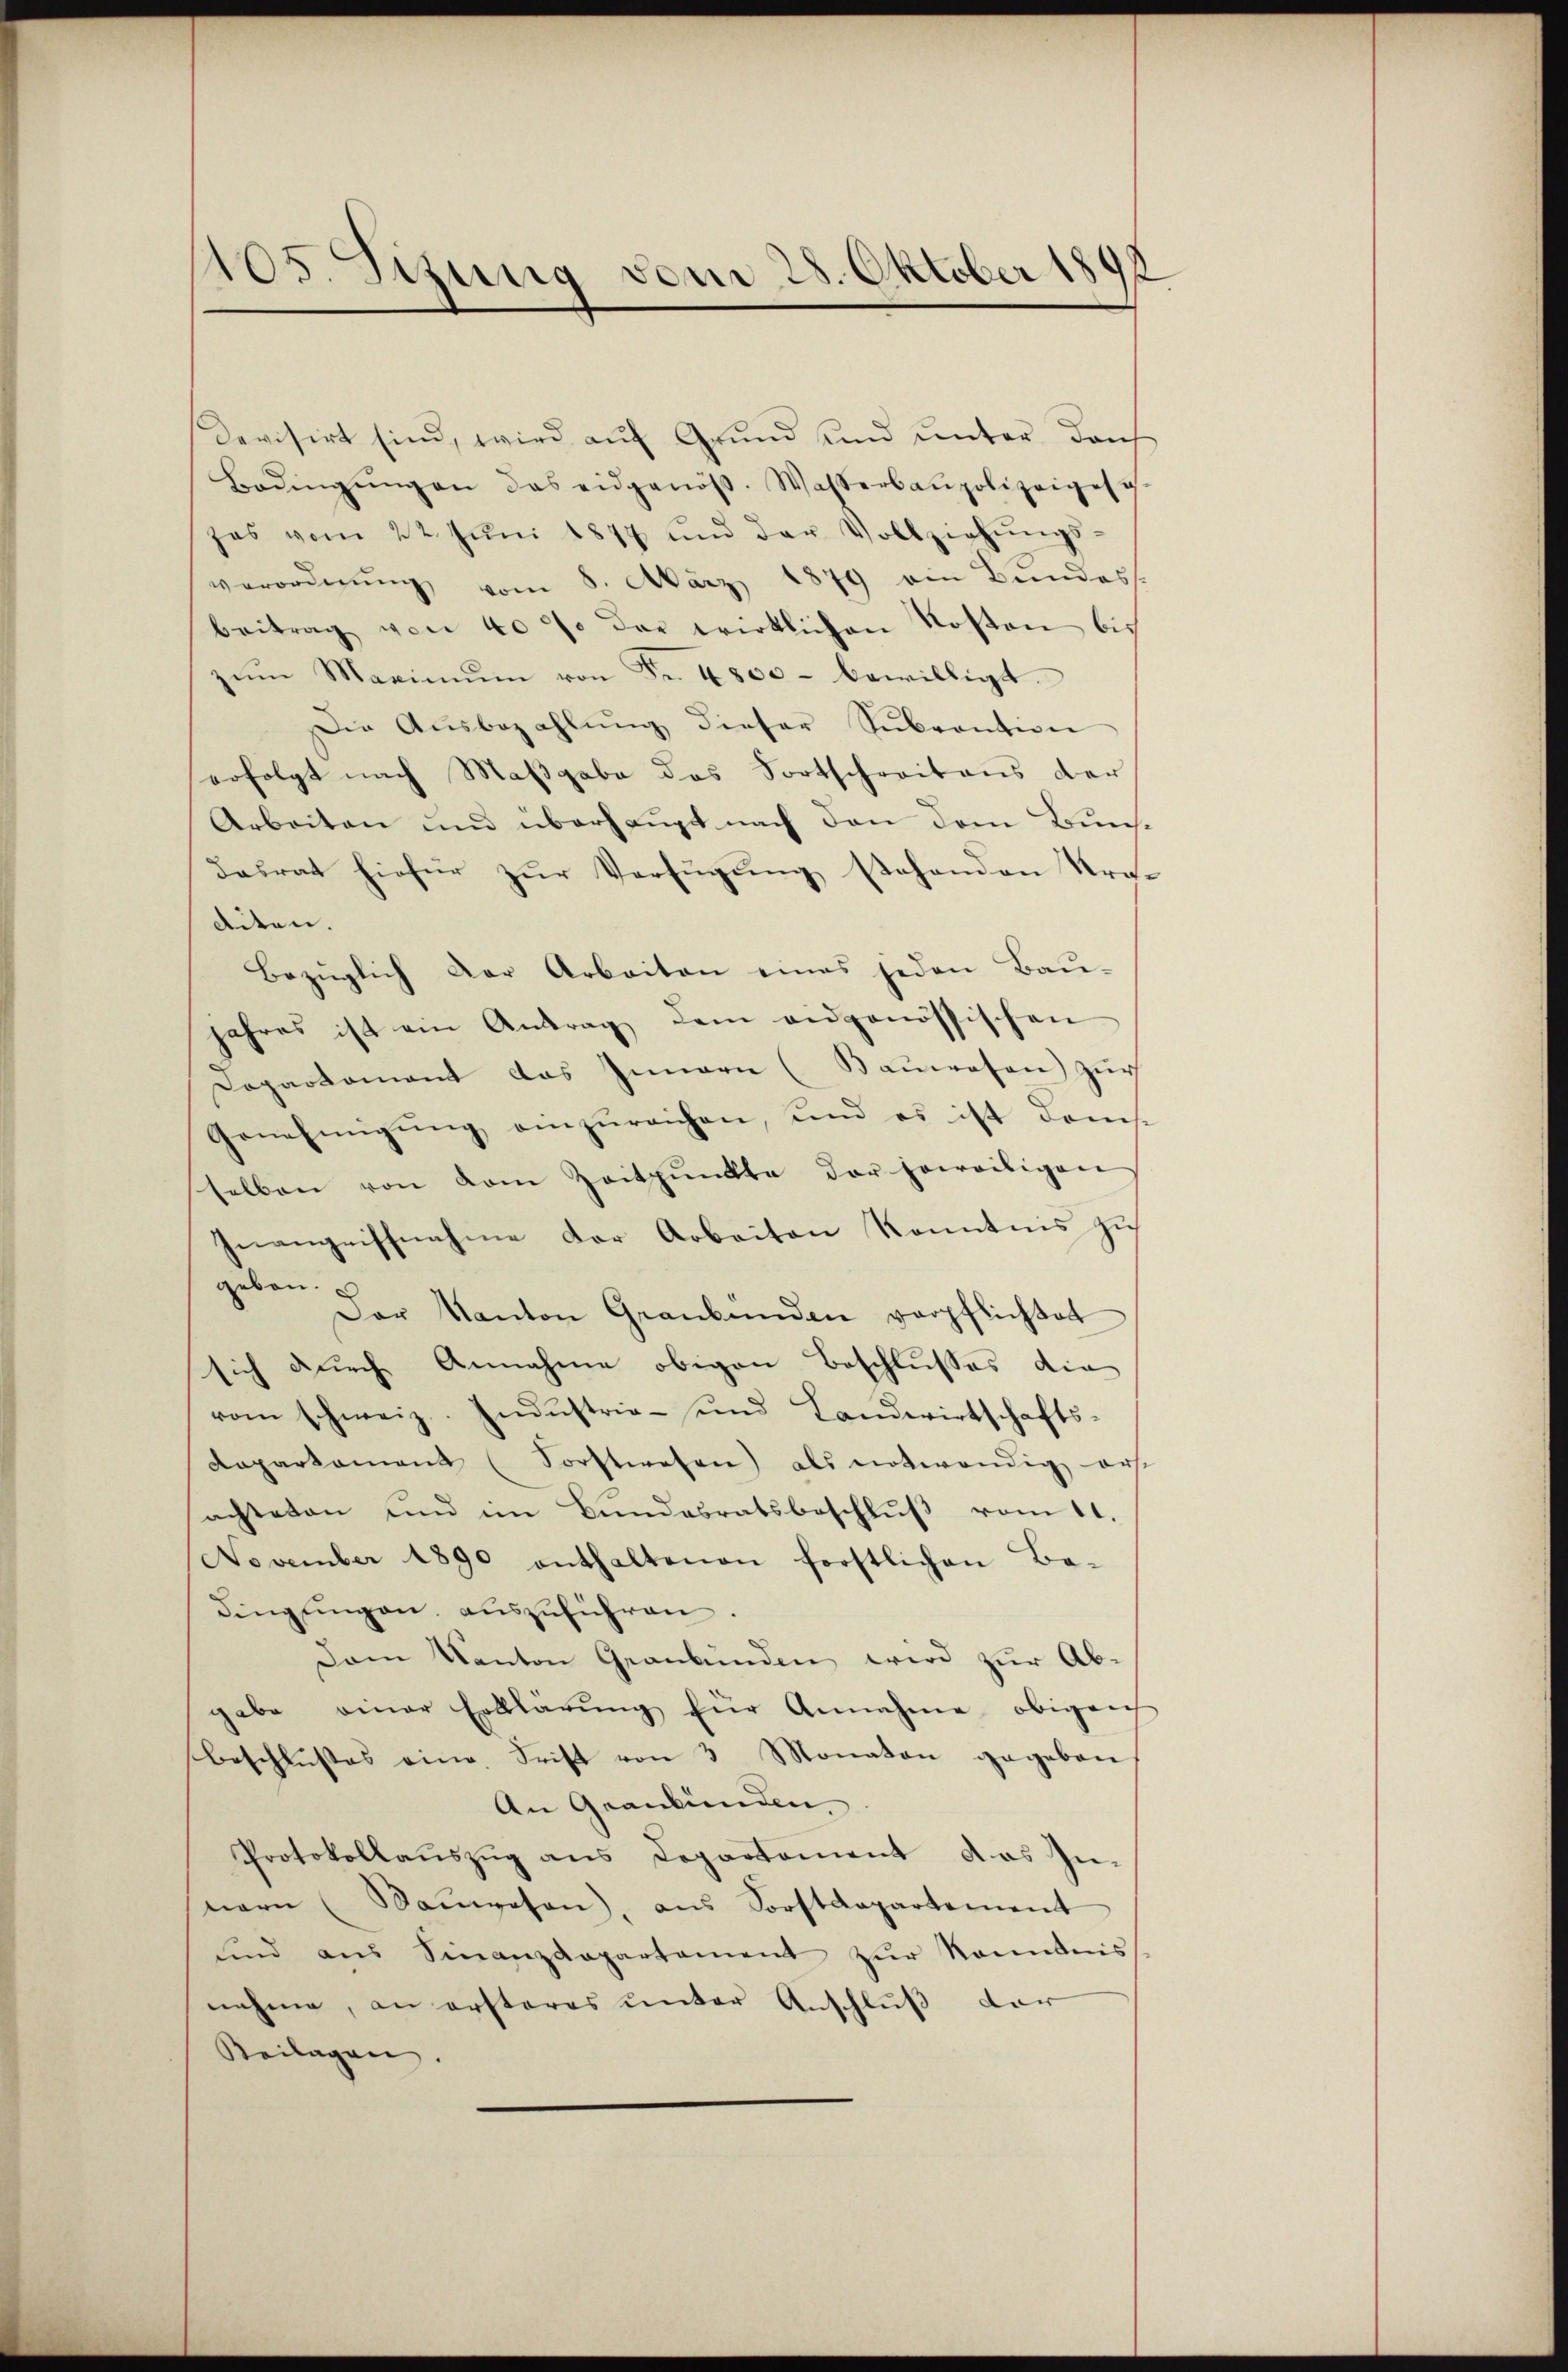
Devisirt sind, wird aŭf Grŭnd und unter dach
Bedingŭngen das eidgenöss. Wasserbaupolizeigesch
zas vom 22. Jŭni 1847 und der Vollziehŭngs-
verordnŭng vom 8. März 1879 ein Bundess
beitrag von 40% der wirklichen Kosten bis
ŭm Maximŭm von Fr. 4800 - bewilligt.
Die Aŭsbezahlŭng dieser Sŭbvention
erfolgt nach Maβgabe das Fortschreitens der
Arbeiten und überhaupt nach den dem Bundasrat hiefür zŭr Verfügung stehenden Kraditen.
Bezüglich der Arbeiten eines jeden Bau-
jahres ist ein Antrag dem angenössischen
Dopartamant das Innern (Baŭwesen zŭr
Genehmigŭng einzŭreichen, und es ist dems
selben von dem Zeitpunkte der soweiligen
Inangriffnahme der Arbeiten Kenntnis zu
geben.
Der Kanton Graubünden verpflichtet
sich durch Annahme obigen Beschlusses die
rom schweiz. Indŭstria- und Landwirtschafts-
Dapartament (Forstwesen) als notwendig ers
achteten und im Bundesratsbeschlŭβ vom 11.
November 1890 enthaltenen forstlichen Be-
dingŭngen, aŭszŭführen.
Dam Kanton Graubünden wird zŭr Ab-
gabe einer Erklärŭng für Annahme obigen
Beschlŭsses eine Frist von 3 Monaten gegeben
An Graubünden
Protokollaŭszŭg ans Departement das In-
nern (Saŭwesen, ans Sorstdepartement
und aŭs Finanzdepartament zŭr Kenntnis
nahme, an ersteres unter Anschluß der
Beilagen.

105. Sizung vom 28. Oktober 1891